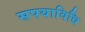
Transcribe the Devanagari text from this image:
सपयाविधि